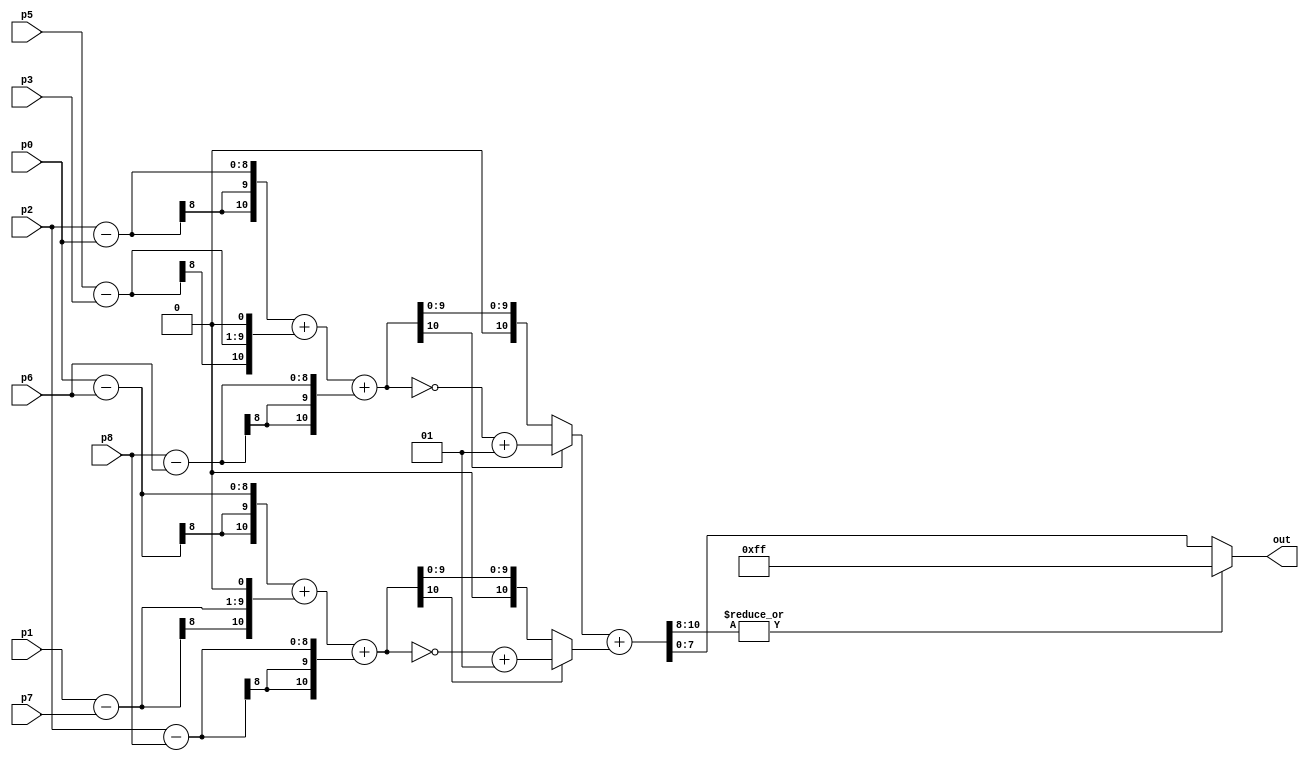
/* Verilog code to calculate Sobel
 * Free to download modify and use
 * 
 */
module sobel( p0, p1, p2, p3, p5, p6, p7, p8, out ) ;

    input           [ 7:0 ]     p0, p1, p2, p3, p5, p6, p7, p8 ;    // 8 bit pixels inputs
    output          [ 7:0 ]     out ;                               // 8 bit output pixel

    wire signed     [ 10:0 ]    gx, gy ;                            //11 bits because max value of gx and gy is
                                                                    //255*4 and last bit for sign
    wire signed     [ 10:0 ]    abs_gx, abs_gy ;                    //it is used to find the absolute value of gx and gy
    wire            [ 10:0 ]    sum ;                               //the max value is 255*8. here no sign bit needed.

    assign gx = ((p2 - p0) + ((p5 - p3) << 1) + (p8 - p6)) ;        //sobel mask for gradient in horiz. direction
    assign gy = ((p0 - p6) + ((p1 - p7) << 1) + (p2 - p8)) ;        //sobel mask for gradient in vertical direction

    assign abs_gx = (gx[ 10 ] ? ~gx + 1 : gx) ;                     // to find the absolute value of gx.
    assign abs_gy = (gy[ 10 ] ? ~gy + 1 : gy) ;                     // to find the absolute value of gy.

    assign sum = (abs_gx + abs_gy) ;                                // finding the sum
    assign out = (|sum[ 10:8 ]) ? 8'hff : sum[ 7:0 ] ;              // to limit the max value to 255

endmodule